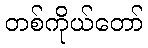
တစ်ကိုယ်တော်